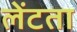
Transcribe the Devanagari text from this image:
लेंटता